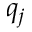
q _ { j }